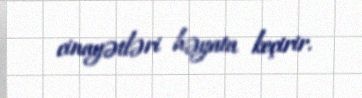
cinayətləri həyata keçirir.